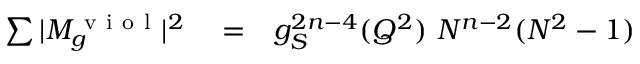
\begin{array} { r l r } { \sum \vert M _ { g } ^ { \mathrm { ~ v ~ i ~ o ~ l ~ } } \vert ^ { 2 } } & { { } = } & { g _ { S } ^ { 2 n - 4 } ( Q ^ { 2 } ) ~ N ^ { n - 2 } ( N ^ { 2 } - 1 ) } \end{array}